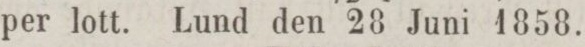
per lott. Lund den 28 Juni 1858.